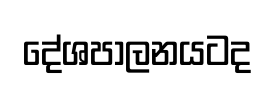
දේශපාලනයටද